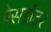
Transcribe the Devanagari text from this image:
प्रेसडॉटर